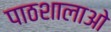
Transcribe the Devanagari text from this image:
पाठशालाओ